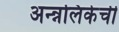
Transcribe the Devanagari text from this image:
अन्न्नलिकेची